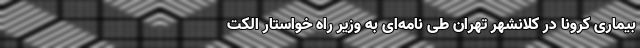
بیماری کرونا در کلانشهر تهران طی نامه‌ای به وزیر راه خواستار الکت